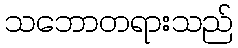
သဘောတရားသည်